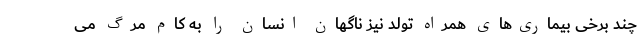
چند برخی بیماری‌های همراه تولد نیز ناگهان انسان را به کام مرگ می‌